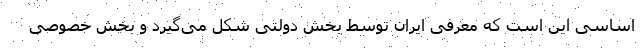
اساسی این است که معرفی ایران توسط بخش دولتی شکل می‌گیرد و بخش خصوصی